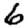
Digit: 6